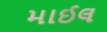
માઈલ